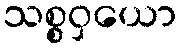
သစ္စဝှယော